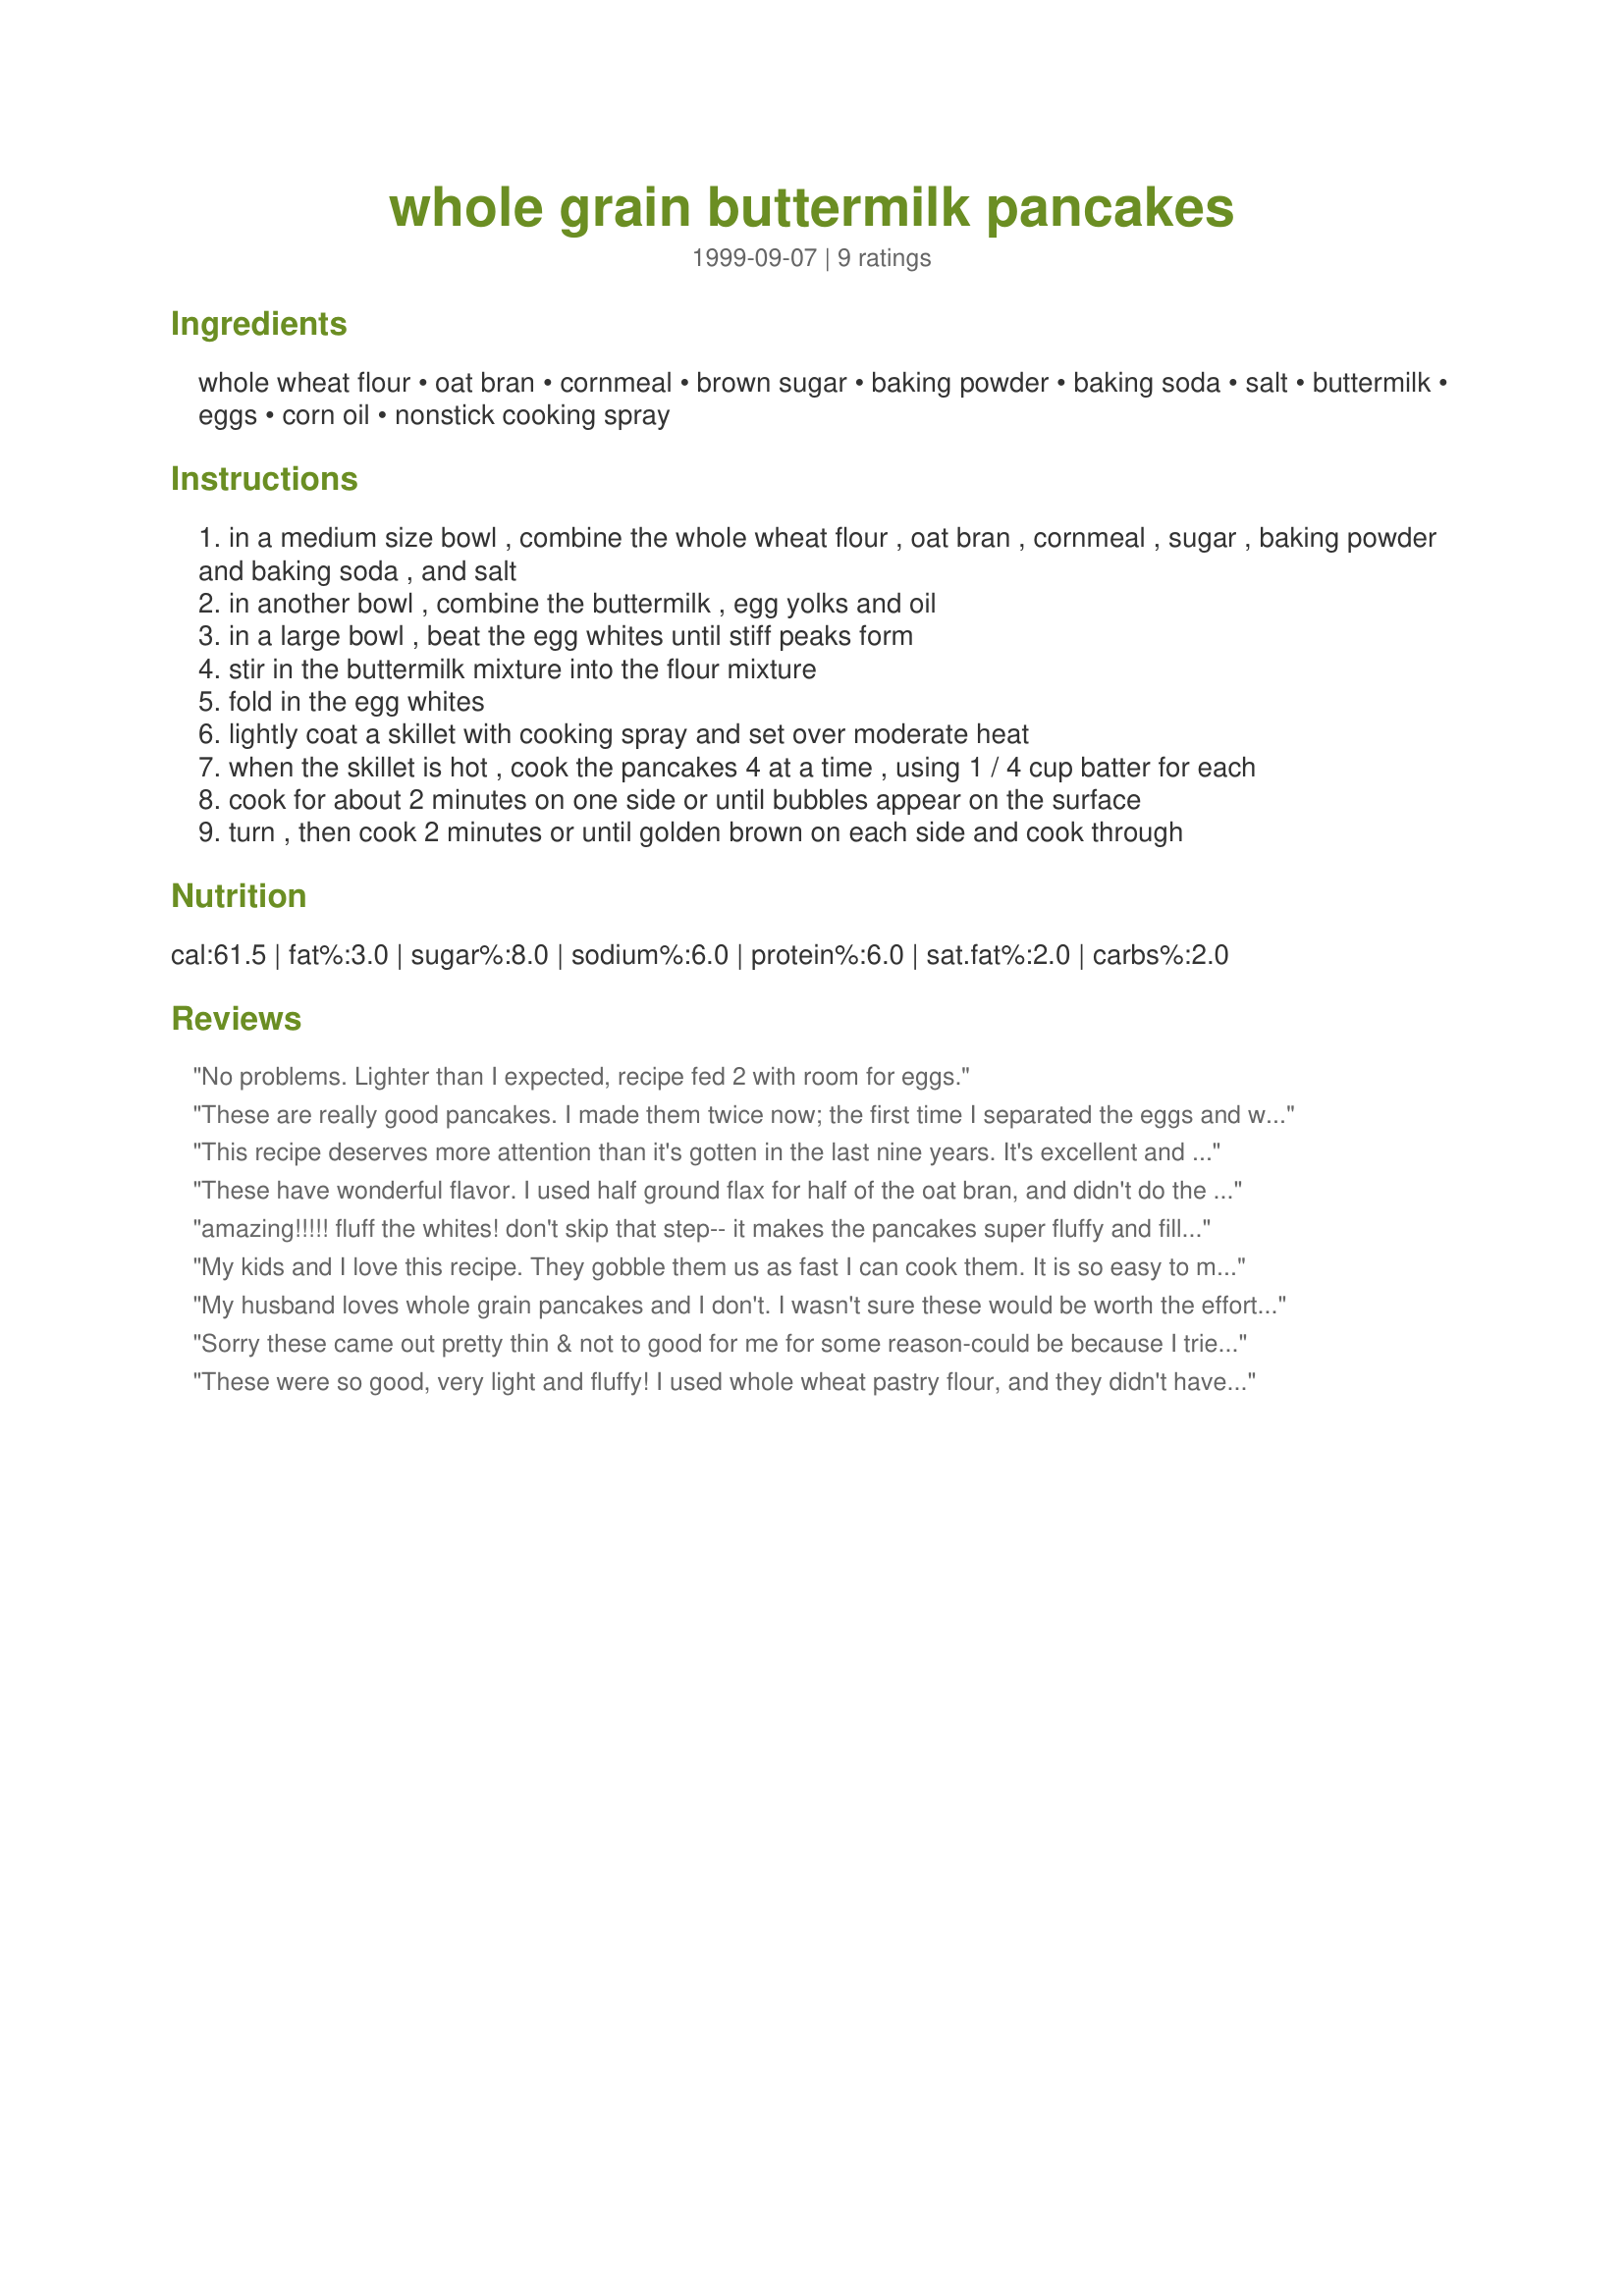
whole grain buttermilk pancakes
Preparation time: 0 minutes

Ingredients:
whole wheat flour, oat bran, cornmeal, brown sugar, baking powder, baking soda, salt, buttermilk, eggs, corn oil, nonstick cooking spray

Steps:
in a medium size bowl , combine the whole wheat flour , oat bran , cornmeal , sugar , baking powder and baking soda , and salt
in another bowl , combine the buttermilk , egg yolks and oil
in a large bowl , beat the egg whites until stiff peaks form
stir in the buttermilk mixture into the flour mixture
fold in the egg whites
lightly coat a skillet with cooking spray and set over moderate heat
when the skillet is hot , cook the pancakes 4 at a time , using 1 / 4 cup batter for each
cook for about 2 minutes on one side or until bubbles appear on the surface
turn , then cook 2 minutes or until golden brown on each side and cook through

Reviews:
No problems. Lighter than I expected, recipe fed 2 with room for eggs.
These are really good pancakes. I made them twice now; the first time I separated the eggs and whipped the whites. The second time I just threw the eggs in with the wet ingredients. I honestly couldn't tell much of a difference. The second time I also replaced the oil with unsweetened applesauce and they were perfect. I like this healthy alternative to regular pancakes and my kids love them, too. This morning I added bananas, chopped pecans, and a splash of vanilla. Thanks for a great recipe!
This recipe deserves more attention than it's gotten in the last nine years. It's excellent and I'll be making it again. I considered skipping the step of whipping the egg whites but I'm so glad I made the minor effort. It makes a fluffy, gorgeous pancake that never really produced surface bubbles, but did cook through in the usual amount of time. Outstanding 27* pancakes. HIGHLY recommended. No way this will feed 12 people. Twelve 1/3cup pancakes, maybe.
These have wonderful flavor. I used half ground flax for half of the oat bran, and didn't do the egg whites separately. Sure, they didn't fluff up like white flour recipes, but the texture and moistness is sooo much better. With blueberries and pecans added, these tasted just like the good ol' healthy pancakes my momma used to make! I doubled the recipe, and only had 3 1/2 4" pancakes left, for a family of 5--we also ate eggs! So take warning that the "12 servings" probably means "12 pancakes", which is not enough for 5 hungry brunchers!
amazing!!!!! fluff the whites! don't skip that step-- it makes the pancakes super fluffy and filling. I was scared to make some "healthy diet" pancakes and didn't think they could compare to the real deal, but these were even better than my usual unhealthy pancakes! Thank you!
My kids and I love this recipe. They gobble them us as fast I can cook them. It is so easy to make, too. I use unsweetened applesauce in place of the oil and skim or 1% milk in place of the buttermilk. This is my base recipe and then I will add a splash of vanilla and some fruit, such as mashed banana or chopped apple with some cinnamon, These are yummy and I love the fact that they are whole grain!
My husband loves whole grain pancakes and I don't. I wasn't sure these would be worth the effort of beating the eggs whites, but I was definitely wrong. They are light and fluffy and very healthy. These are the only pancakes that I make now!
Sorry these came out pretty thin & not to good for me for some reason-could be because I tried to do some substitutions with the only ingredients I had on hand-don't want to discourage anyone from trying this recipe but just be warned to try to follow the ingredient list provided!
These were so good, very light and fluffy! I used whole wheat pastry flour, and they didn't have that strong wheat taste. All the kids had seconds, even my extremely picky 5-year old. Do not skip beating the egg whites, I think that's what makes the difference. Thanks for a great recipe that I will be using again and again!
